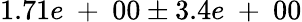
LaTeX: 1.71e\mathrm{~+~}00\pm 3.4e\mathrm{~+~}00